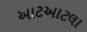
આટઆટલા